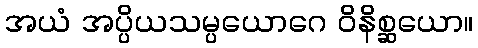
အယံ အပ္ပိယသမ္ပယောဂေ ဝိနိစ္ဆယော။